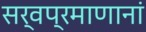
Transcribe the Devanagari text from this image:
सर्वप्रमाणानां